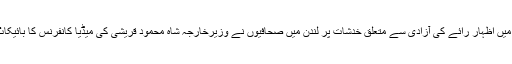
پاکستان میں اظہار رائے کی آزادی سے متعلق خدشات پر لندن میں صحافیوں نے وزیرخارجہ شاہ محمود قریشی کی میڈیا کانفرنس کا بائیکاٹ کردیا۔